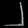
Digit: ၂